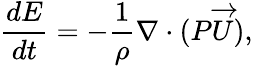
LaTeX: \frac{dE}{dt}=-\frac{1}{\rho}\nabla\cdot(P\overrightarrow{U}),